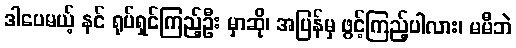
ဒါပေမယ့် နင် ရုပ်ရှင်ကြည့်ဦး မှာဆို၊ အပြန်မှ ဖွင့်ကြည့်ပါလား၊ မမီဘဲ